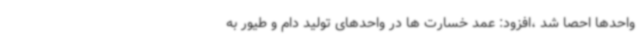
واحدها احصا شد ،افزود: عمد خسارت ها در واحدهای تولید دام و طیور به